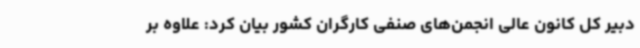
دبیر کل کانون عالی انجمن‌های صنفی کارگران کشور بیان کرد: علاوه بر